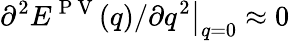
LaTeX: \partial^{2}E^{\mathrm{~P~V~}}(q)/\partial q^{2}\big|_{q=0}\approx 0